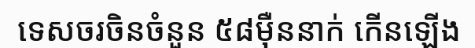
ទេសចរចិនចំនួន ៥៨ម៉ឺននាក់ កើនឡើង